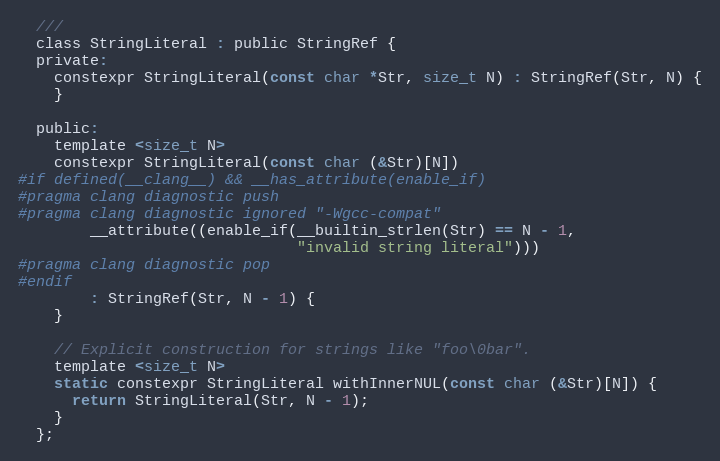
Language: C
  ///
  class StringLiteral : public StringRef {
  private:
    constexpr StringLiteral(const char *Str, size_t N) : StringRef(Str, N) {
    }

  public:
    template <size_t N>
    constexpr StringLiteral(const char (&Str)[N])
#if defined(__clang__) && __has_attribute(enable_if)
#pragma clang diagnostic push
#pragma clang diagnostic ignored "-Wgcc-compat"
        __attribute((enable_if(__builtin_strlen(Str) == N - 1,
                               "invalid string literal")))
#pragma clang diagnostic pop
#endif
        : StringRef(Str, N - 1) {
    }

    // Explicit construction for strings like "foo\0bar".
    template <size_t N>
    static constexpr StringLiteral withInnerNUL(const char (&Str)[N]) {
      return StringLiteral(Str, N - 1);
    }
  };